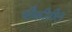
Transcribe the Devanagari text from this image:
चौकीतील